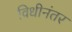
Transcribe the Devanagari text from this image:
विधीनंतर